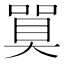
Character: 𪡼